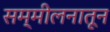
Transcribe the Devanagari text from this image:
सम्मीलनातून